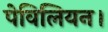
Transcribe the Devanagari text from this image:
पेविलियन।